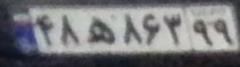
۴۸ه۸۶۳۹۹